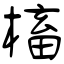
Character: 槒